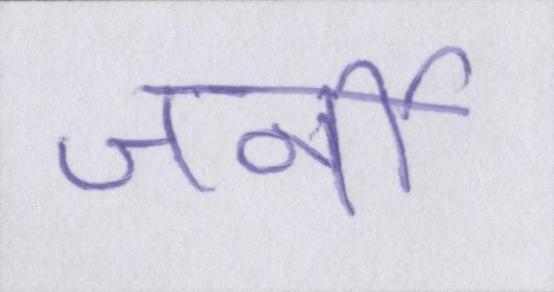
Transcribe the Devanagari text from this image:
जर्नी